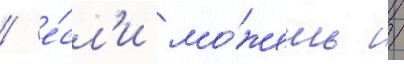
/ е́сл'и мо́жешь /